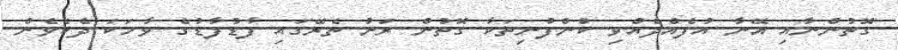
ގޮތުންނާއި އޭނާ އުފެއްދެއްވި ކުންފުނިތަކާ ގޮތުން ރަށު ތެރޭގައި ފާޑުފާޑުގެ ވާހަކަ ދެކެވެން